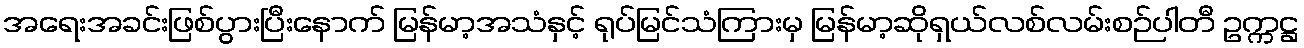
အရေးအခင်းဖြစ်ပွားပြီးနောက် မြန်မာ့အသံနှင့် ရုပ်မြင်သံကြားမှ မြန်မာ့ဆိုရှယ်လစ်လမ်းစဉ်ပါတီ ဥက္ကဋ္ဌ